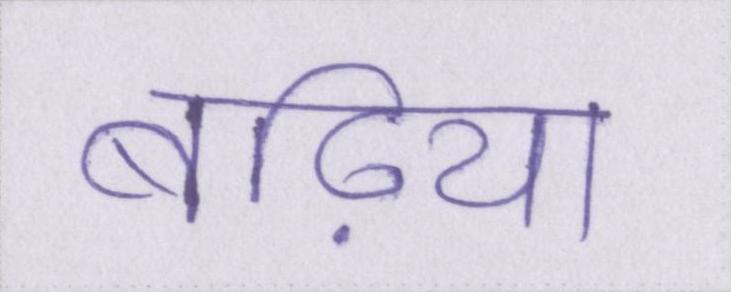
बढ़िया